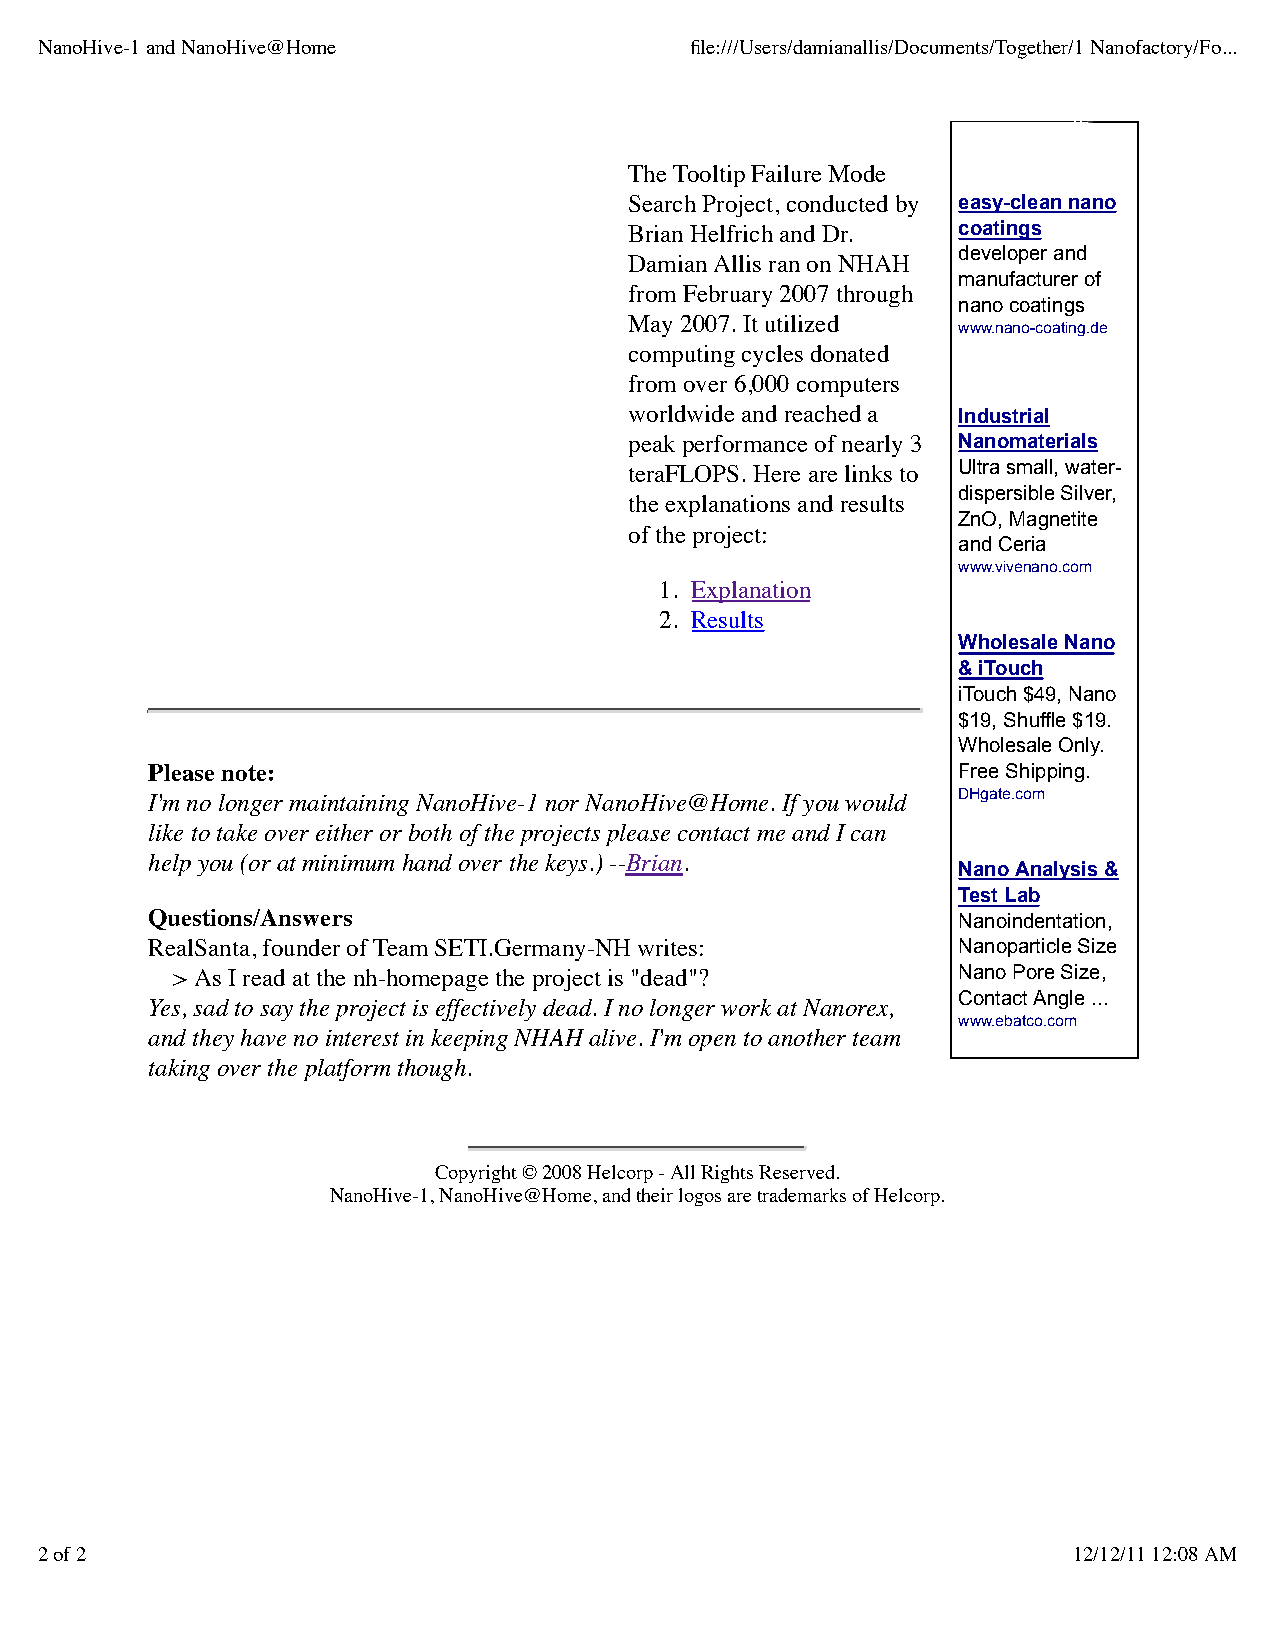
NanoHive-1 and NanoHive@Home                file:///Users/damianallis/Documents/Together/1 Nanofactory/Fo...
 The Tooltip Failure Mode
 Search Project, conducted by easy-clean nano
 Brian Helfrich and Dr. coatings
 developer and
 Damian Allis ran on NHAH
 manufacturer of
 from February 2007 through
 nano coatings
 May 2007. It utilized
 www.nano-coating.de
 computing cycles donated
 from over 6,000 computers
 worldwide and reached a Industrial
 peak performance of nearly 3 Nanomaterials
 teraFLOPS. Here are links to Ultra small, water-
 dispersible Silver,
 the explanations and results
 ZnO, Magnetite
 of the project:
 and Ceria
 www.vivenano.com
 1. Explanation
 2. Results
 Wholesale Nano
 & iTouch
 iTouch $49, Nano
 $19, Shuffle $19.
 Wholesale Only.
 Please note:                                         Free Shipping.
 I'm no longer maintaining NanoHive-1 nor NanoHive@Home. If you would DHgate.com
 like to take over either or both of the projects please contact me and I can
 help you (or at minimum hand over the keys.) --Brian.
 Nano Analysis &
 Test Lab
 Questions/Answers                                    Nanoindentation,
 RealSanta, founder of Team SETI.Germany-NH writes:   Nanoparticle Size
 > As I read at the nh-homepage the project is "dead"? Nano Pore Size,
 Contact Angle ...
 Yes, sad to say the project is effectively dead. I no longer work at Nanorex,
 www.ebatco.com
 and they have no interest in keeping NHAH alive. I'm open to another team
 taking over the platform though.
 Copyright © 2008 Helcorp - All Rights Reserved.
 NanoHive-1, NanoHive@Home, and their logos are trademarks of Helcorp.
 2 of 2                                                               12/12/11 12:08 AM